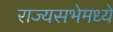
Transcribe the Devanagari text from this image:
राज्यसभेमध्ये